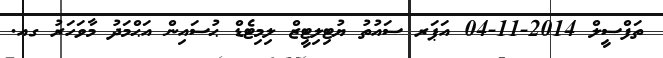
ތަފްސީލް 2014-11-04 އަޕަރ ސައުތު ޔުޓިލިޓީޒް ލިމިޓެޑް ޙުސައިން އަޙްމަދު މާވަހަރު ގއ.